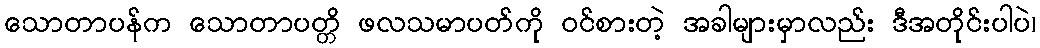
သောတာပန်က သောတာပတ္တိ ဖလသမာပတ်ကို ဝင်စားတဲ့ အခါများမှာလည်း ဒီအတိုင်းပါပဲ၊